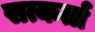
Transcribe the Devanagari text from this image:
सत्कर्ता